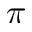
\pi